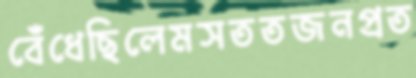
বেঁধেছিলেমসততজনপ্রত